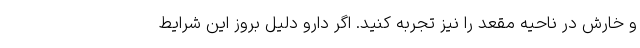
و خارش در ناحیه مقعد را نیز تجربه کنید. اگر دارو دلیل بروز این شرایط